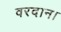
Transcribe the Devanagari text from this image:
वरदान।